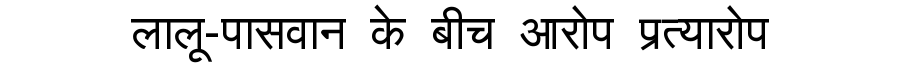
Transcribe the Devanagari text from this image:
लालू-पासवान के बीच आरोप प्रत्यारोप